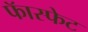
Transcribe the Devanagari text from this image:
फॅास्फेट